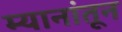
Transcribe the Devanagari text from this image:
म्यानांतून